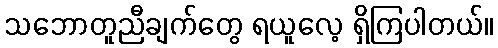
သဘောတူညီချက်တွေ ရယူလေ့ ရှိကြပါတယ်။